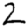
Digit: 2